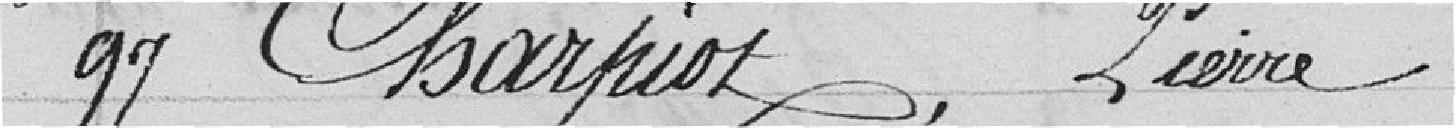
99 Charpiot, Pierre